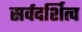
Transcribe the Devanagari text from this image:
सर्वदर्शित्व